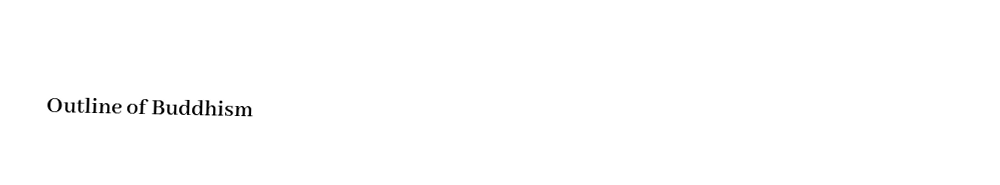

Outline of Buddhism